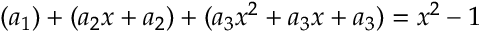
( a _ { 1 } ) + ( a _ { 2 } x + a _ { 2 } ) + ( a _ { 3 } x ^ { 2 } + a _ { 3 } x + a _ { 3 } ) = x ^ { 2 } - 1